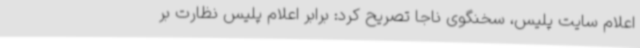
اعلام سایت پلیس، سخنگوی ناجا تصریح کرد: برابر اعلام پلیس نظارت بر